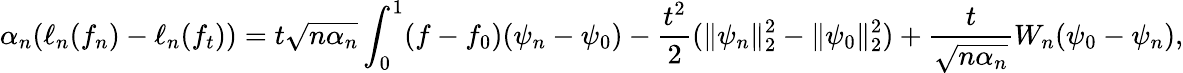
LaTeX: {\alpha_{n}}(\ell_{n}(f_{n})-\ell_{n}(f_{t}))=t\sqrt{n{\alpha_{n}}}\int_{0}^{1}(f-f_{0})(\psi_{n}-\psi_{0})-\frac{t^{2}}{2}(\| \psi_{n}\| _{2}^{2}-\| \psi_{0}\| _{2}^{2})+\frac{t}{\sqrt{n\alpha_{n}}}W_{n}(\psi_{0}-\psi_{n}),